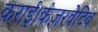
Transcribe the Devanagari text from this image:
कराई।कंज़रवेटिव